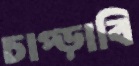
চাপ্‌ড়াবি